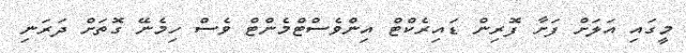
މީގައި އަލަށް ފަށާ ފޮރިން ޑައިރެކްޓް އިންވެސްޓްމެންޓް ވެސް ހިމެނޭ ގޮތަށް ދަރަނި